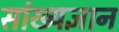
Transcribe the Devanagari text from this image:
सांख्यज्ञान